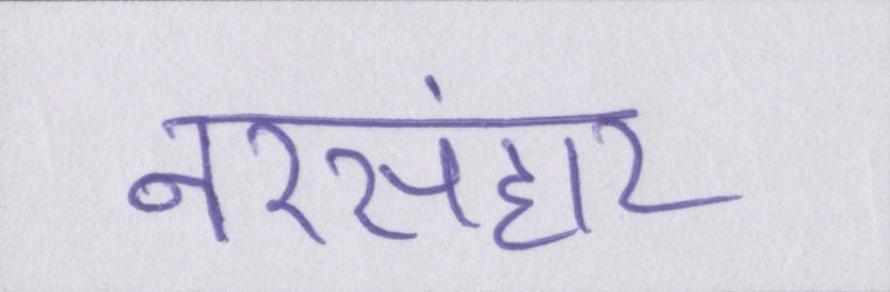
नरसंहार